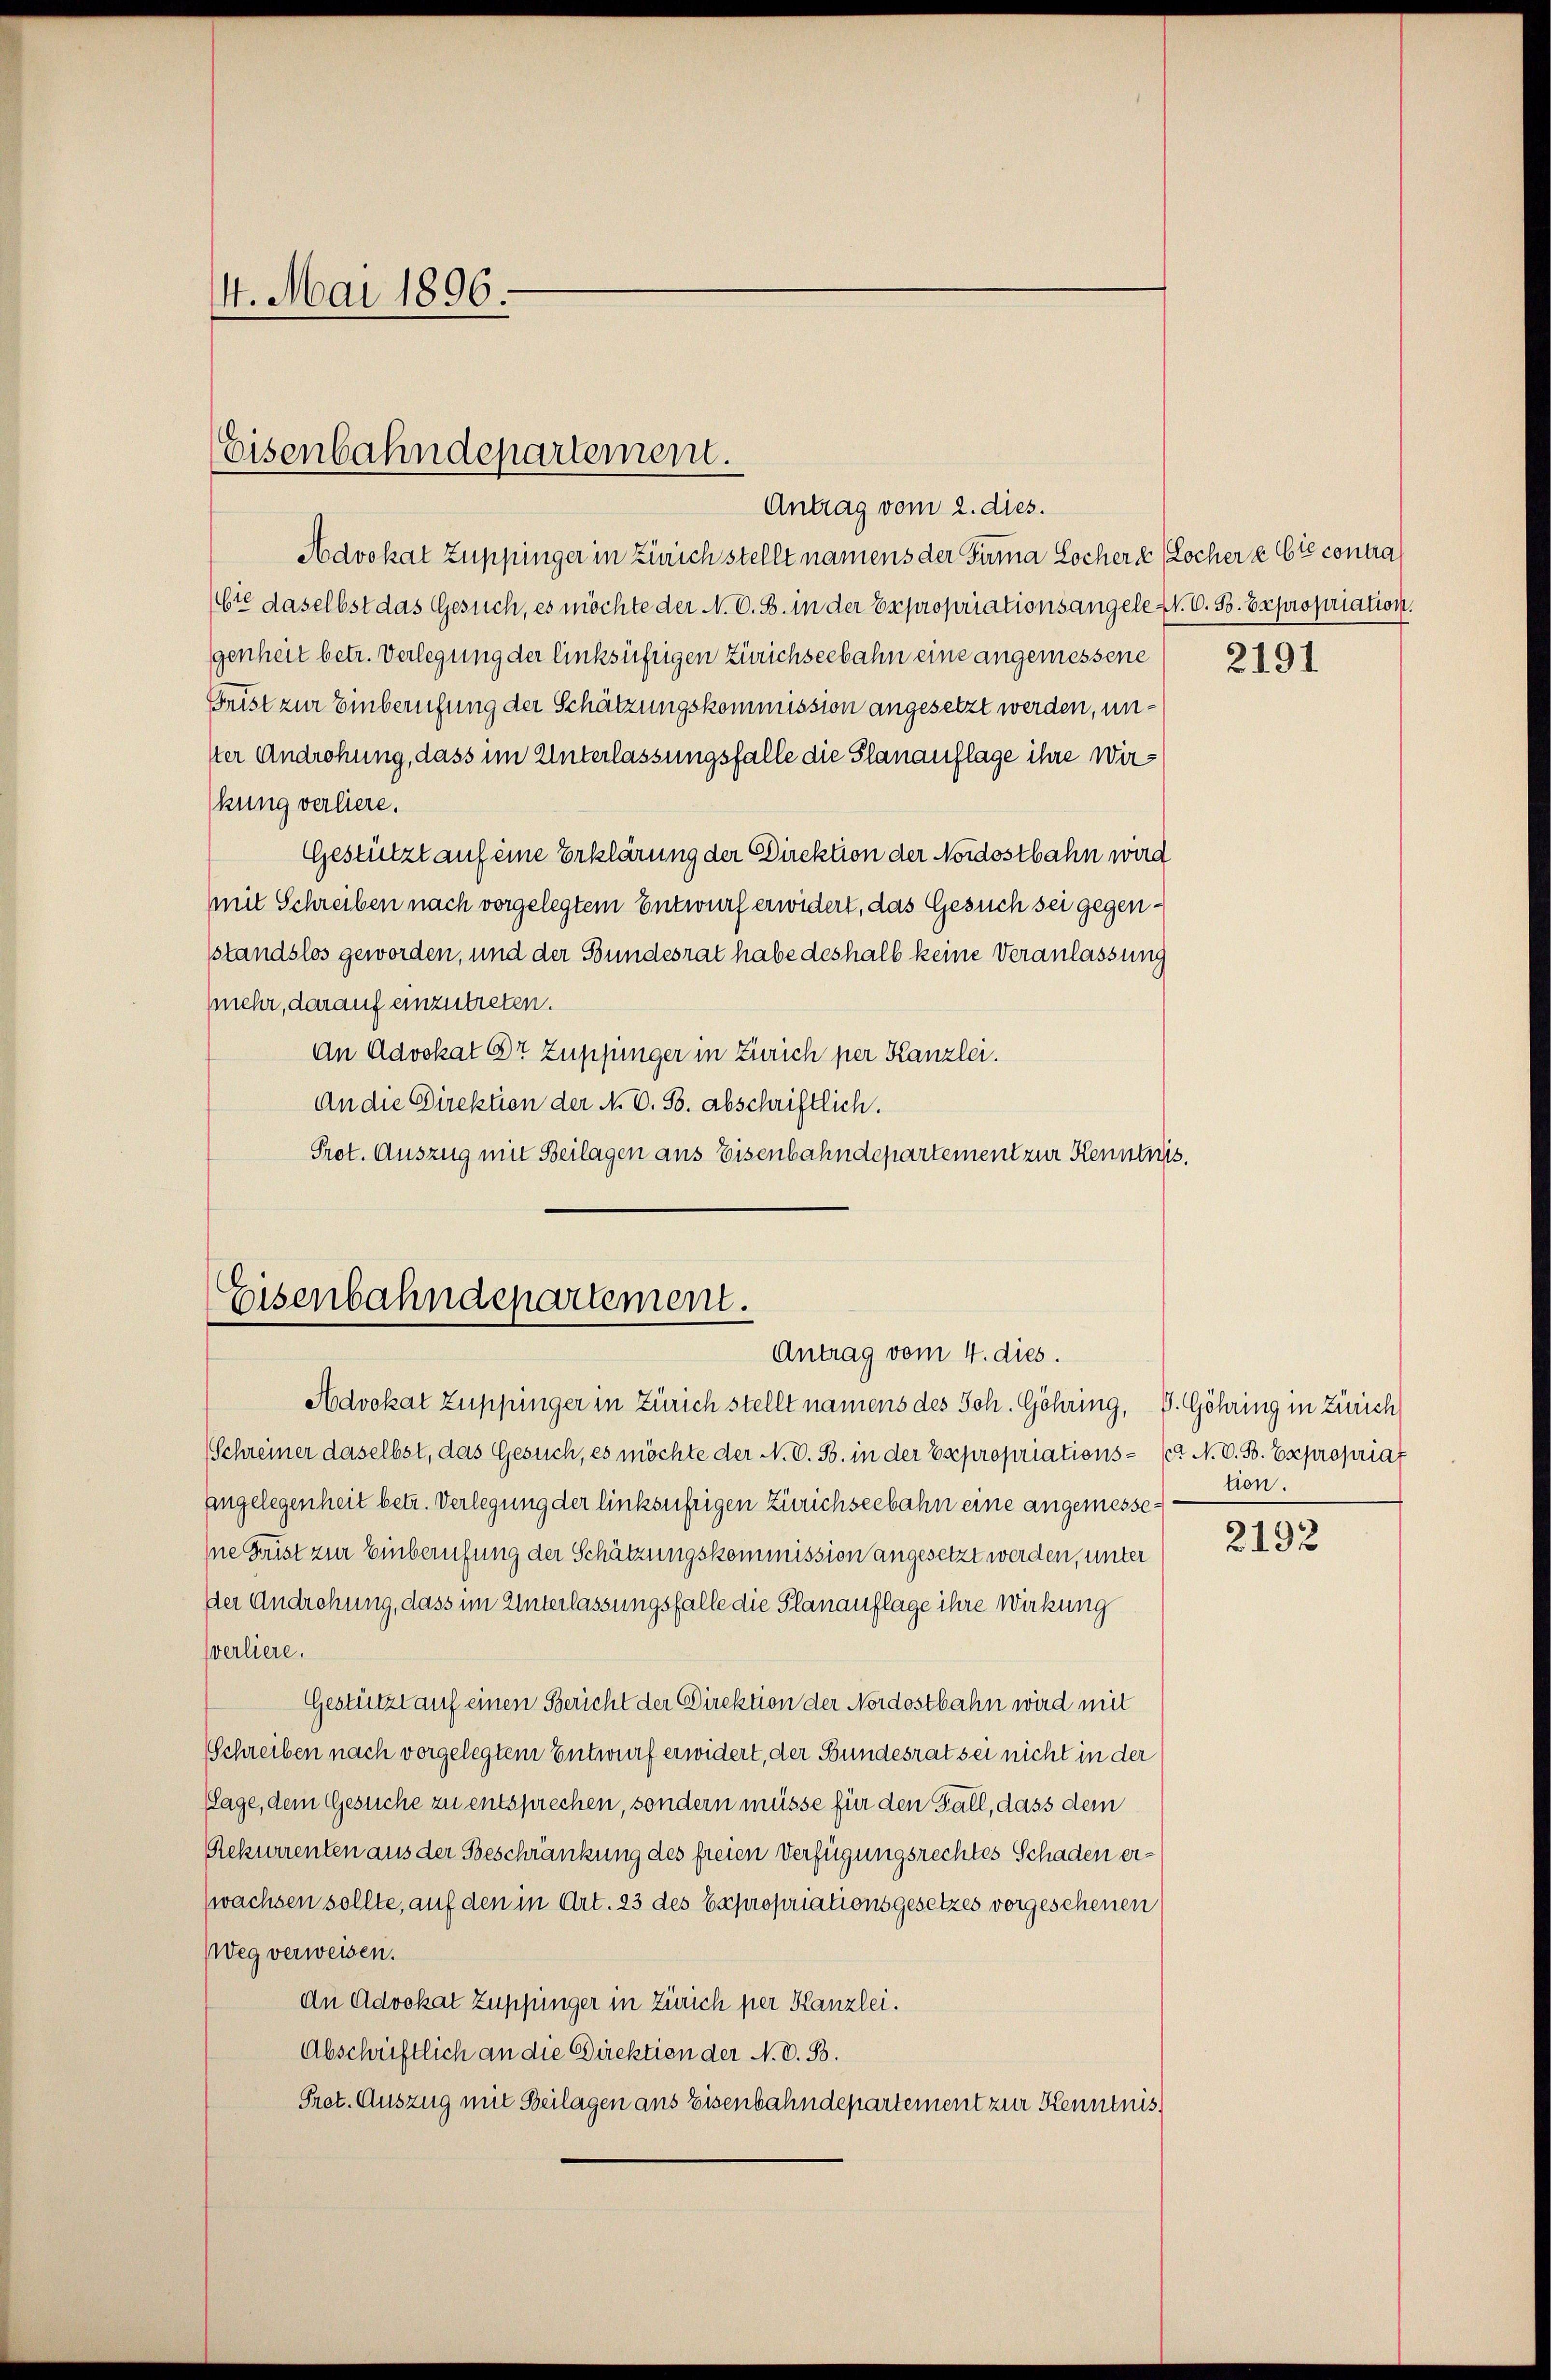
14. Mai 1896.

Eisenbahndepartement.

Eisenbahndepartement.
Antrag vom 4. dies.

Antrag vom 2. dies.
Advokat Zuppinger in Zürich stellt namens der Firma Lochere Locher & Cie contra
bte daselbst das Gesuch, es möchte der N. O. B. in der Expropriationsangele N. V. B. Expropriation.
genheit betr. Verlegung der linksufrigen Zürichseebahn eine angemessene
Frist zur Einberufung der Schätzungskommission angesetzt werden, unker Androhung, dass im Unterlassungsfalle die Planauflage ihre Wirkung verliere.
Gestützt auf eine Erklärung der Direktion der Nordostbahn wird
mit Schreiben nach vorgelegtem Entwurf erwidert, das Gesuch sei gegensstandslos geworden, und der Bundesrat habe deshalb keine Veranlassung
(mehr, darauf einzutreten.
An Advokat Dr Zuppinger in Zürich per Kanzlei.
An die Direktion der N. O. S. abschriftlich.
Prot. Auszug mit Beilagen aus Eisenbahndepartement zur Kenntnis.

Advokat Zuppinger in Zürich stellt namens des Joh. Göhring, S. Göhring in Zürich
Schreiner daselbst, das Gesuch, es möchte der N. O. S. in der Expropriations- Er N. O. S. Expropriat
angelegenheit betr. Verlegung der linksufrigen Zürichseebahn eine angemesse¬
Ine Frist zur Einberufung der Schätzungskommission angesetzt werden, unter
der Andrehung, dass im Unterlassungsfalle die Planauflage ihre Wirkung
sverliere.
Gestützt auf einen Bericht der Direktion der Nordostbahn wird mit
Schreiben nach vorgelegtem Entwurf erwidert, der Bundesrat sei nicht in der
Lage, dem Gesuche zu entsprechen, sondern müsse für den Fall, dass dem
Rekurrenten aus der Beschränkung des freien Verfügungsrechtes Schaden er¬
(wachsen sollte, auf den in Art. 23 des Expropriationsgesetzes vorgesehenen
Weg verweisen.
dn Advokat Zuppinger in Zürich per Kanzlei.
Abschriftlich an die Direktion der N. O. B.
Pret. Auszug mit Beilagen ans Eisenbahndepartement zur Kenntnis

2191

tion.

2192